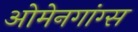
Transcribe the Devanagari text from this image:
ओमेनगांग्स